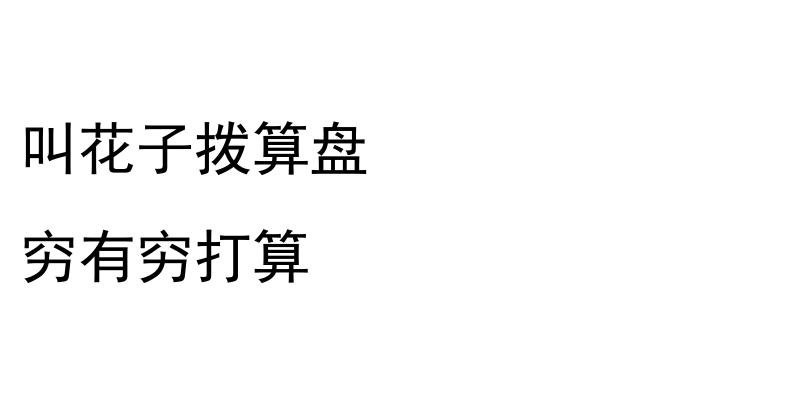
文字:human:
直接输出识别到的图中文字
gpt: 叫花子拨算盘 穷有穷打算